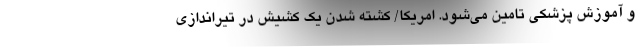
و آموزش پزشکی تامین می‌شود. امریکا/ کشته شدن یک کشیش در تیراندازی